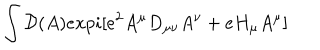
\int { \cal D } ( A ) e x p i [ e ^ { 2 } A ^ { \mu } D _ { \mu \nu } A ^ { \nu } + e H _ { \mu } A ^ { \mu } ]